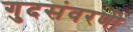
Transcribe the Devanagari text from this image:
गुदसंवरणी